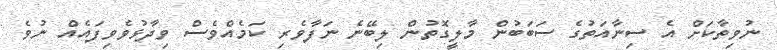
ނުވިތާކަށް އެ ސިނާއަތުގެ ސަބަބުން މާލީގޮތުން ލިބޭނެ ނަފާވެރި ކަމެއްވެސް ވިދާޅުވެވިފައެއް ނުވެ